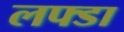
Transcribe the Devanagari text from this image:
लफ्डा